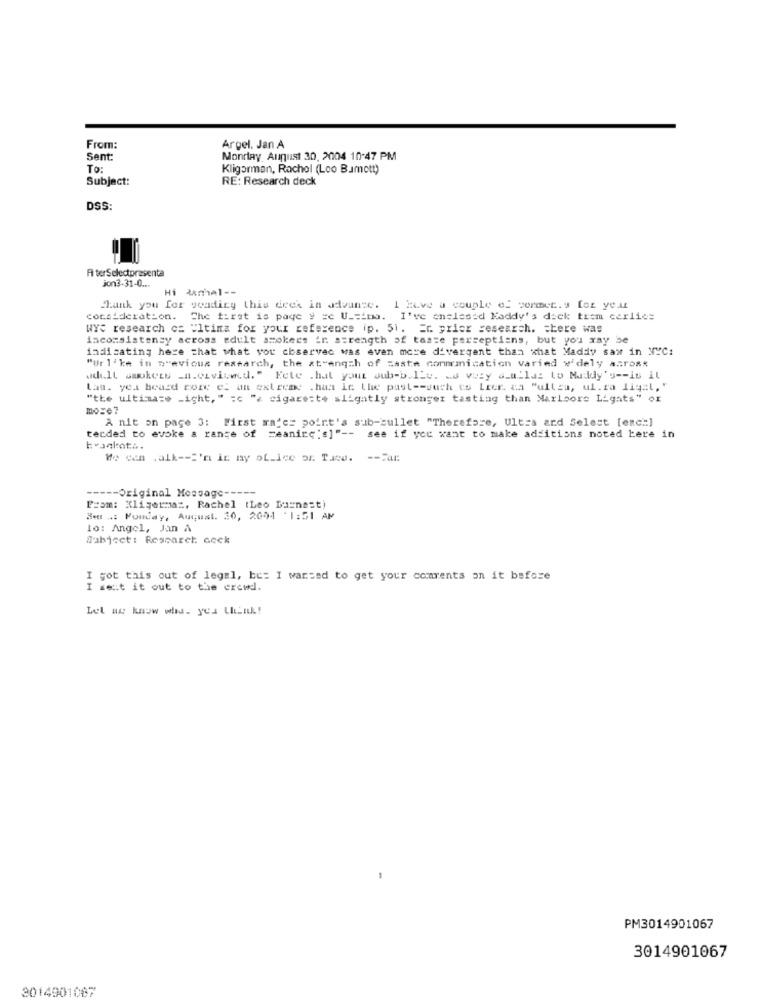
From:
Argel. Jan A
Sent:
Monday August 30, 2004 10:47 PM
To:
Kligorman, Rachel (Loo Bamett)
Subject:
RE: Research deck
DSS:
Fi terSelectpresenta
jon3-31-0 ...
Hi wmal --
Hank you for veadicy this deck in advance.
1 Eive a couple of cormet.y [ez yeat
consideration. The first is page y =c U _= ina. I've chelessd Naddy's deck trem cerlies
WY: research c= "Itima for your reference ip. 51. Er prior sesearch. there was
inconsistensy across adult smokers ir. strength of taste perceptions, but you xay be
indicating here that what you cbservec was even more divergent than what Maddy saw in NYC:
"Ur l'ke in previous research, the strength of zaste communication varied w'dely across
udi.ll smokews _n.civited." Fete . hal yout sub-b. ILu. s vozy a_a_lui to Maddy's -- is it
Lan. yea heard core e. an extreme . han ie the past -- such es Lier. ca "ulles, ul.ra ligal,"
"the ultimaze _ight, " =c "x cigareste slightly stronger tasting than Marlbore L'gats" or
moze?
A nit on page 3: First ma'er point's sub-bullet "Therefore, Ultra ard Select [each]
terded to evoke a range of =eanice:s]" -- see if you want to make additions noted kere in
Frankotz.
We can .alk -- I'm in my of_ice or. Tacu. -- Fa
----- Original Message -----
Prom: Xligermaz, Rachel (Leo Barnest)
Sent : Monday, August. 30, 2004 :1:51 AM
lo: Angel, Jan A
Subject: Resparet cock
I got this out of legal, be: I wanted to get your comments on it before
I sent it out to the crewd.
Let me know whid. yes think!
PM3014901067
3014901067
3014901007